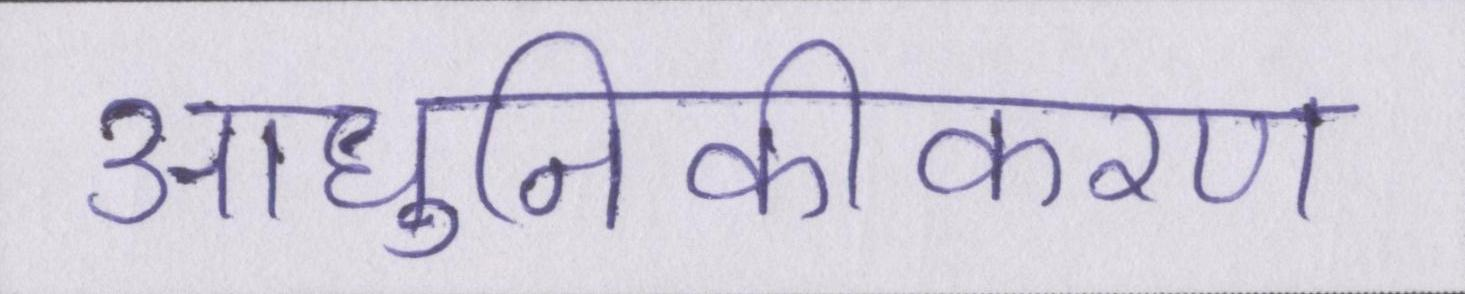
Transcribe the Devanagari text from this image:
आधुनिकीकरण